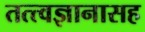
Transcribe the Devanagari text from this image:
तत्त्वज्ञानासह